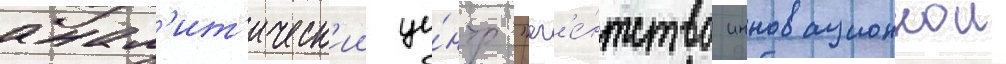
анал'ит'ическ'ии це́нтр "аг'е́нтство инновационнои